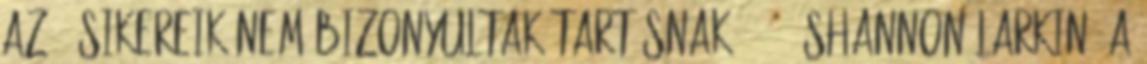
az ő sikereik nem bizonyultak tartósnak. 240 Shannon Larkin, a